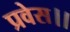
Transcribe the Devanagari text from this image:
प्रवेस।।